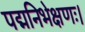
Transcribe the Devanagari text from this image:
पद्मनिभेक्षणः।